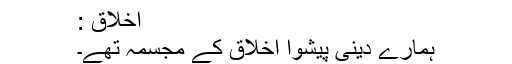
اخلاق :
ہمارے دینی پیشوا اخلاق کے مجسمہ تھے۔